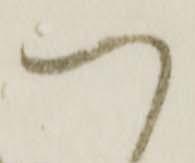
つ